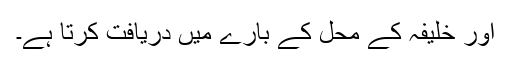
اور خلیفہ کے محل کے بارے میں دریافت کرتا ہے۔